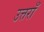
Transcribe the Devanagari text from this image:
उत्तराँ